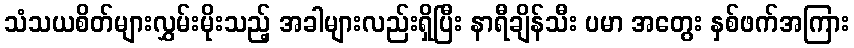
သံသယစိတ်များလွှမ်းမိုးသည့် အခါများလည်းရှိပြီး နာရီချိန်သီး ပမာ အတွေး နှစ်ဖက်အကြား